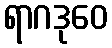
ရာဂဒုဝေ